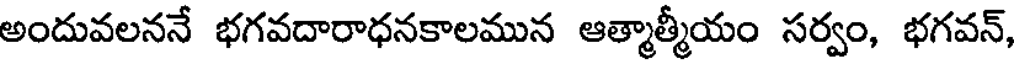
అందువలననే భగవదారాధనకాలమున ఆత్మాత్మీయం సర్వం, భగవన్,